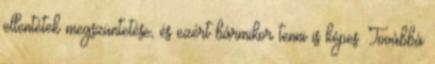
ellentétek megszüntetése, és ezért bármikor tenni is képes. Továbbá